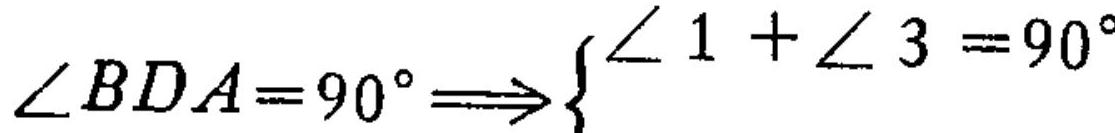
\(\angle BDA = 90^{\circ} \Longrightarrow \left\{ \begin{array}{l}
\angle 1+\angle 3 = 90^{\circ}
\end{array} \right.\)